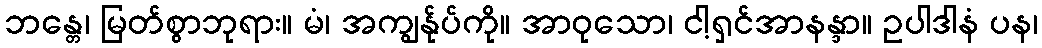
ဘန္တေ၊ မြတ်စွာဘုရား။ မံ၊ အကျွန်ုပ်ကို။ အာဝုသော၊ ငါ့ရှင်အာနန္ဒာ။ ဥပါဒါနံ ပန၊